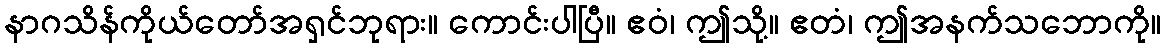
နာဂသိန်ကိုယ်တော်အရှင်ဘုရား။ ကောင်းပါပြီ။ ဧဝံ၊ ဤသို့။ ဧတံ၊ ဤအနက်သဘောကို။